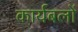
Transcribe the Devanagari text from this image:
कार्यबलों